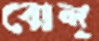
বোল্